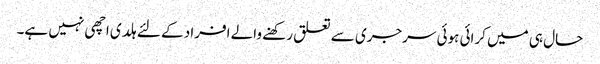
حال ہی میں کرائی ہوئی سرجری سے تعلق رکھنے والے افراد کے لئے ہلدی اچھی نہیں ہے۔